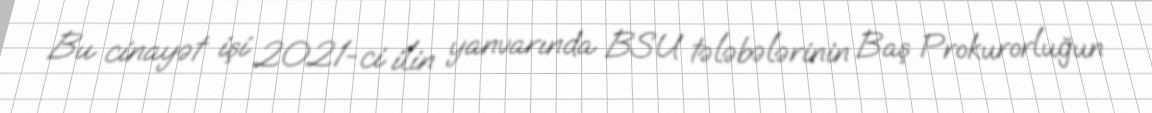
Bu cinayət işi 2021-ci ilin yanvarında BSU tələbələrinin Baş Prokurorluğun